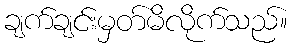
ချက်ချင်းမှတ်မိလိုက်သည်။